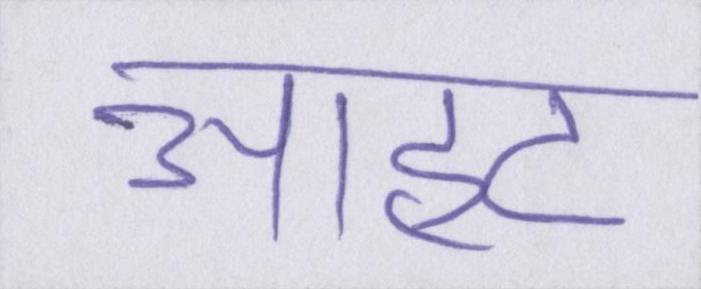
आहट